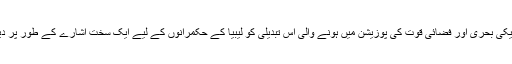
خطے میں امریکی بحری اور فضائی قوت کی پوزیشن میں ہونے والی اس تبدیلی کو لیبیا کے حکمرانوں کے لیے ایک سخت اشارے کے طور پر دیکھا جارہا ہے۔